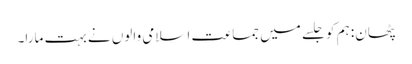
پٹھان: ہم کو جلسے میں جماعت اسلامی والوں نے بہت مارا۔